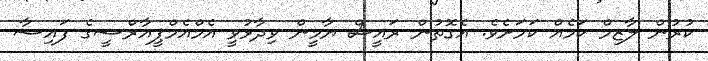
ކުރުން ލާޒިމް ކަމެއް ކަމަށެވެ. އެގޮތުން ރައީސް ޔާމީން ވިދާޅުވީ އެމްއެމްޕީއާރްސީގެ ފައިސާ